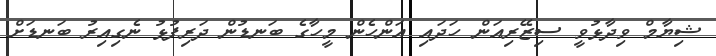
ޝިޔާމް ވިދާޅުވީ ސިޒޭރިއަން ހަދައި އަންހެން މީހާގެ ބަނޑުން ދަރިފުޅު ނެގިއިރު ބަނޑަށް